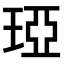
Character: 𤦩